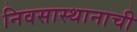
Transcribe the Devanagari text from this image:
निवसास्थानाची